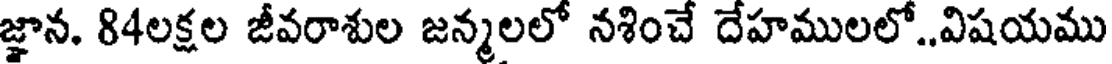
జ్ఞాన. 84లక్షల జీవరాశుల జన్మలలో నశించే దేహములలో..విషయము